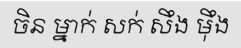
ចិន ម្នាក់ សក់ សឹង ម៉ឹង